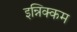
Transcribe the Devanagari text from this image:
इन्निक्कम